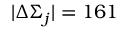
| \Delta \Sigma _ { j } | = 1 6 1